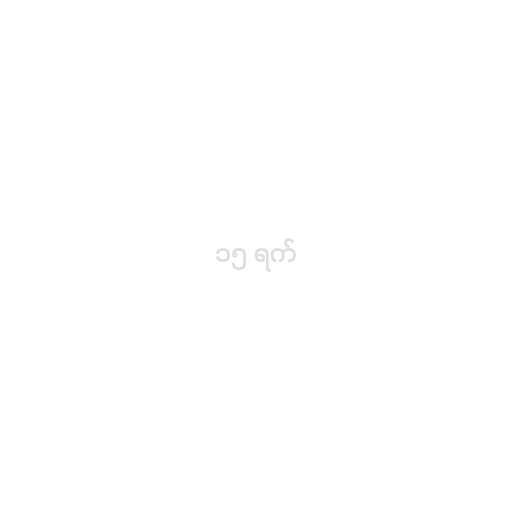
၁၅ ရက်